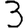
Digit: 3